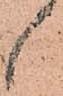
候